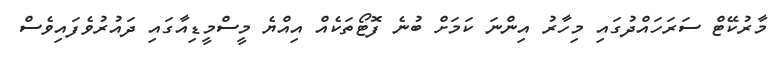
މާރުކޭޓް ސަރަހައްދުގައި މިހާރު އިންނަ ކަމަށް ބުނެ ފޮޓޯތަކެއް އިއްޔެ މީސްމީޑިއާގައި ދައުރުވެފައިވެސް